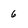
Character: 6